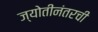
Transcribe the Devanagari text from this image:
ज्योतीनंतरची